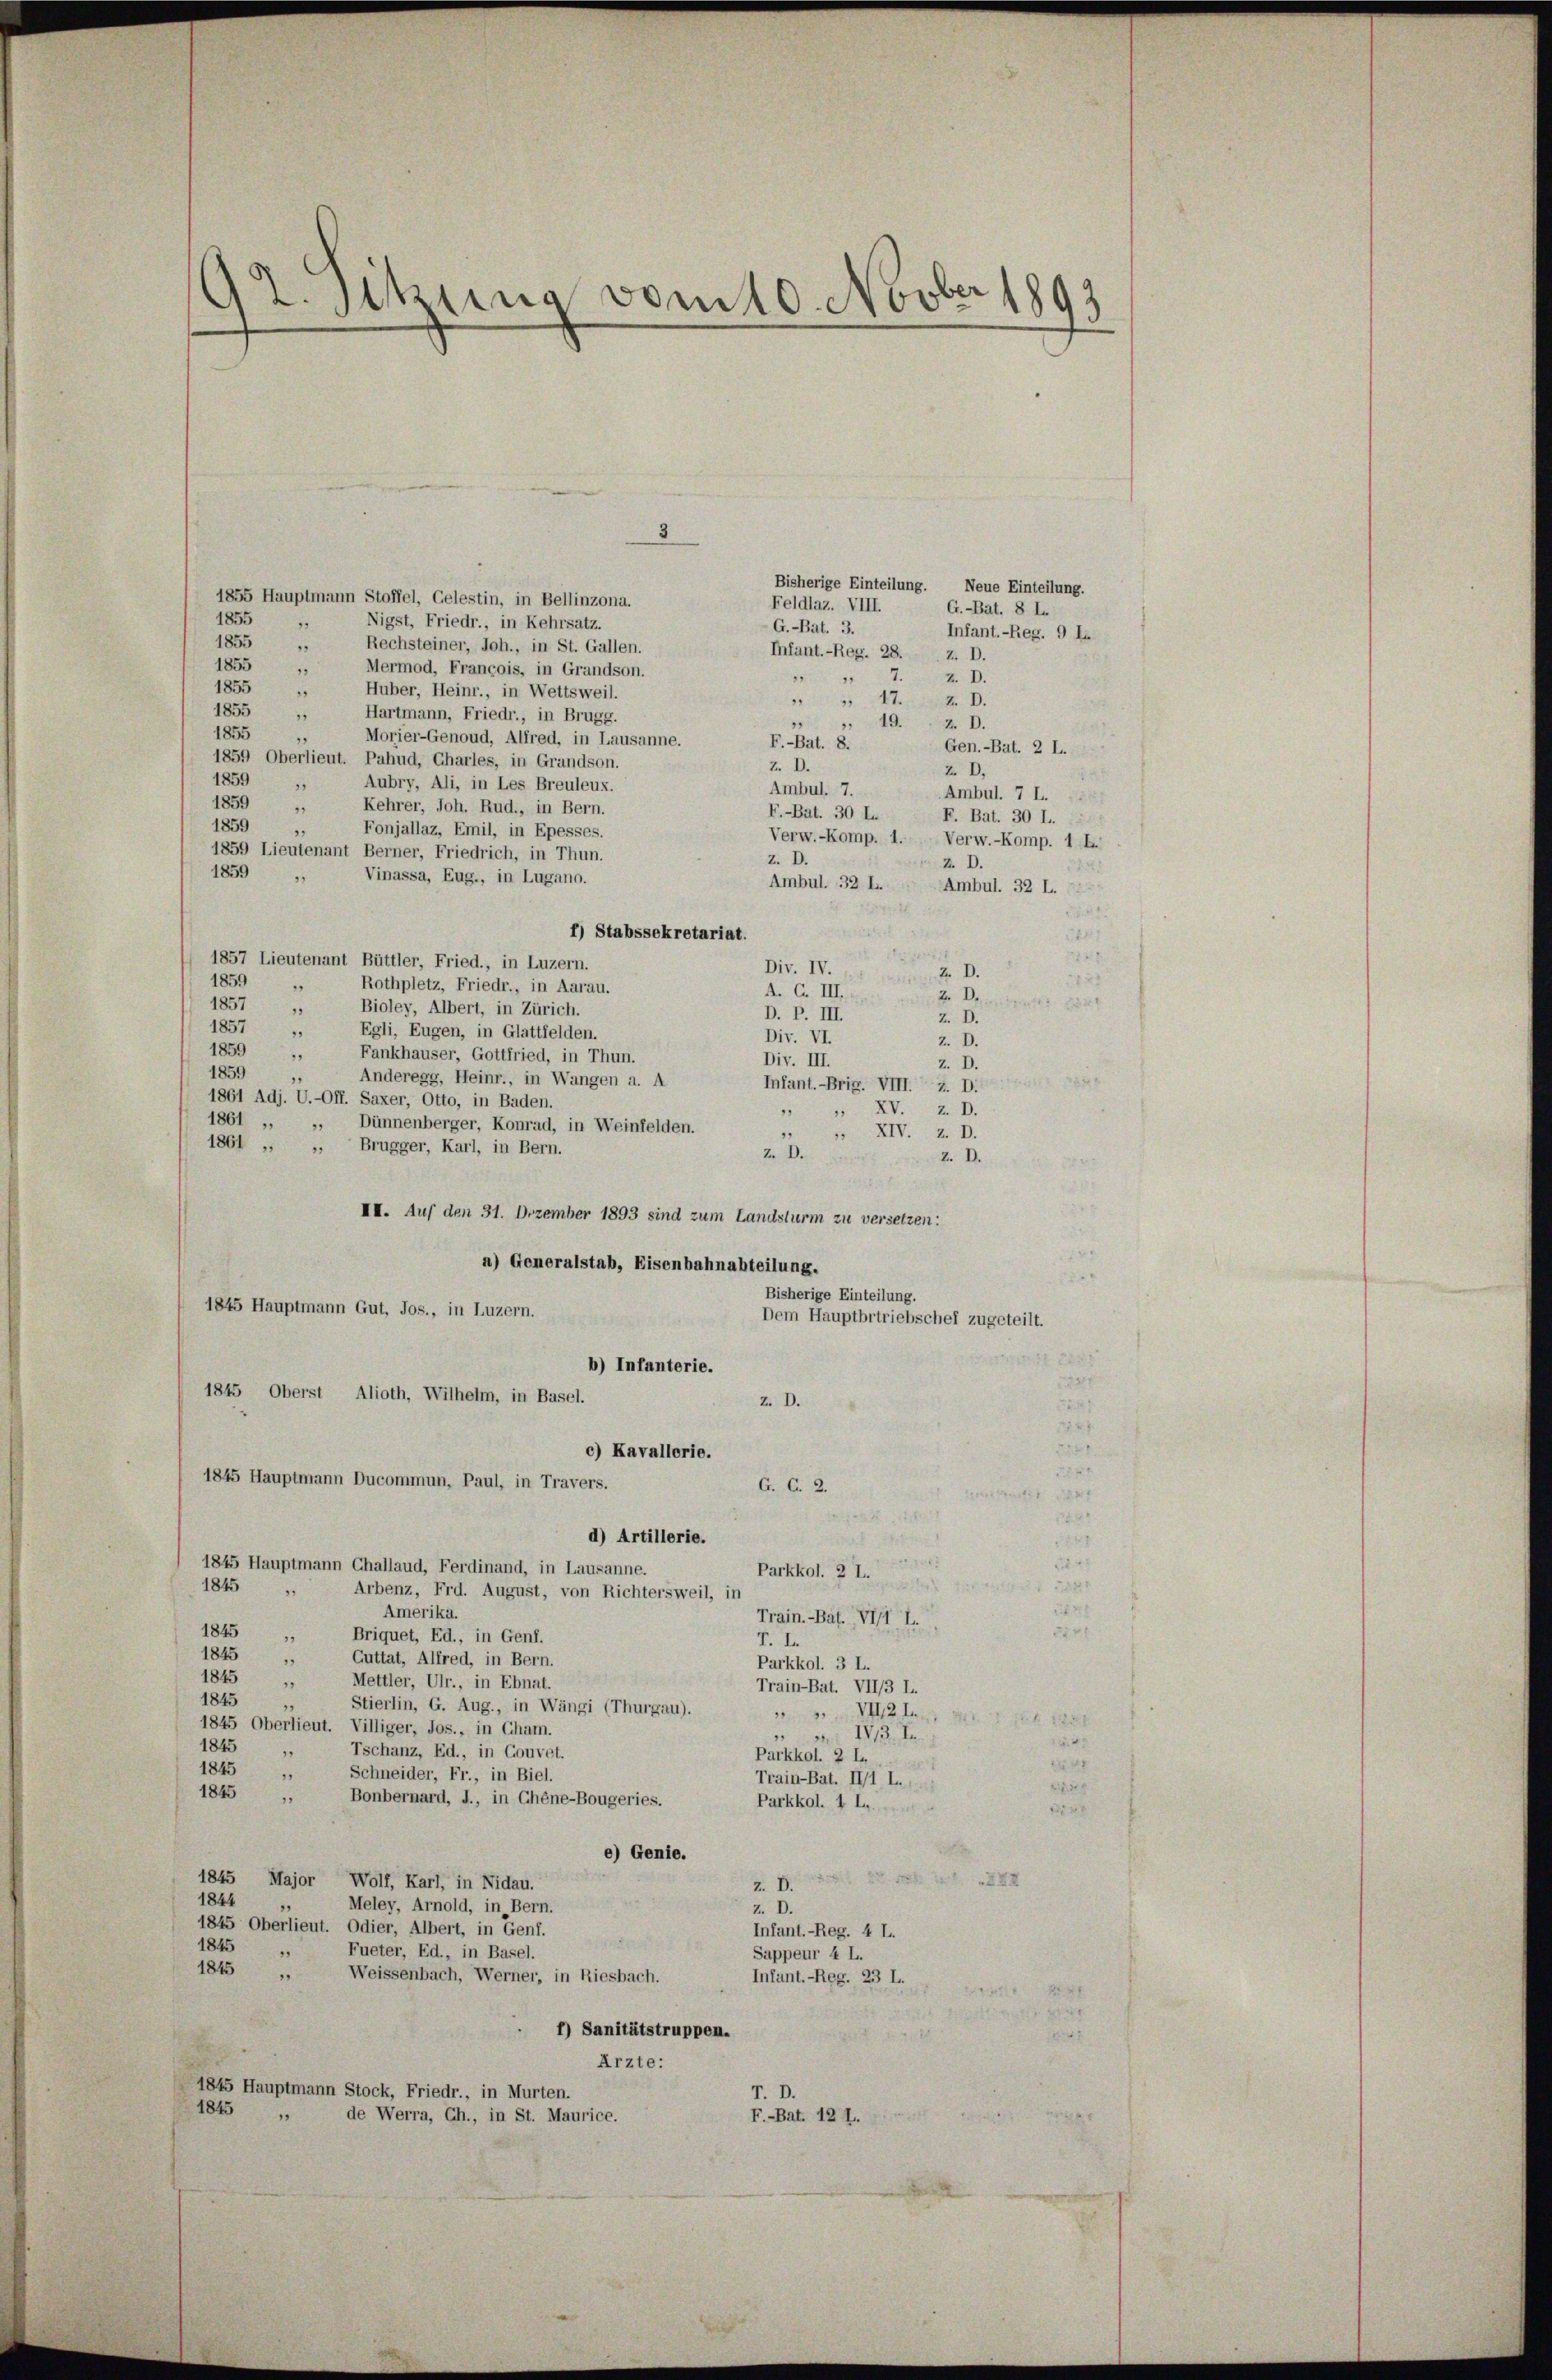
92. Sitzung vom 10. Novber 1893

Bisherige Einteilung. Neue Einteilung.
1855 Hauptmann Stoffel, Gelestin, in Bellinzona.
Feldlaz. VIII.
G.-Bat. 8 L.
1855
Nigst, Friedr., in Kehrsatz.
G.-Bat. 3.
Infant.-Reg. 9 I.
1855
Rechsteiner, Joh., in St. Gallen.
.
Infant.-Reg. 28. z. D.
1855
Mermod, François, in Grandson.
1
 " 7. 4. D.
1855
2
Huber, Heinr., in Wettsweil.
" 17. Z. D.
1855
Hartmann, Friedr., in Brugg.
2
, 19. 2. D.
.
1855
Morier-Genoud, Alfred, in Lausanne.
.
F.-Bat. 8.
Gen.-Bat. 2 L.
1859 Oberlieut. Pahud, Charles, in Grandson.
Z. D.
2 D.
1859
Aubry, Ali, in Les Breuleux.
Ambul. 7.
Ambul. 7 L.
1859
Kehrer, Joh. Rud., in Bern.
1
F.-Bat. 30 L.
F. Bat. 30 l.
1859
Fonjallaz, Emil, in Epesses.
Verw.-Komp. 1. Verw.-Komp. 1 L.
1859 Lieutenant Berner, Friedrich, in Thun.
z. D.
Z. D.
1859
Vinassa, Eug., in Lugano.
Ambul. 32 L.
Ambul. 32 L.
f) Stabssekretariat.
144
22
1857 Lieutenant Büttler, Fried., in Luzern.
Div. IV.
Z. D.
1859
Rothpletz, Friedr., in Aarau.
.
A. G. III.
Z. D.
1857
Bioley, Albert, in Zürich.
.
D. P. III.
Z. D.
1857
Egli, Eugen, in Glattfelden.
1
Div. VI.
z. D.
1859
Fankhauser, Gottfried, in Thun.
Div. III.
z. D.
1859
Anderegg, Heinr., in Wangen a. A
Infant.-Brig. VIII. Z. D.
1861 Adj. U.-Off. Saxer, Otto, in Baden.
„ XV. Z. D.
1861
Dünnenberger, Konrad, in Weinfelden.
21
 XIV. z. B.
.
1861 „ „ Brugger, Karl, in Bern.
z. D.
z. D.
III. Auf den 31. Dezember 1893 sind zum Landsturm zu versetzen:
a) Generalstab, Eisenbahnabteilung.
Bisherige Einteilung.
1845 Hauptmann Gut, Jos., in Luzern.
Dem Hauptbetriebschef zugeteilt.
b) Infanterie.
1845 Oberst Alioth, Wilhelm, in Basel.
z. D.
c) Kavallerie.
1845 Hauptmann Ducommun, Paul, in Travers.
C. C. 2.
d) Artillerie.
1845 Hauptmann Challaud, Ferdinand, in Lausanne
Parkkol. 2 L.
1845 "
Arbenz, Frd. August, von Richtersweil, in

Amerika.
Train.-Bat. VIII, L.
5571.
1845
Briquet, Ed., in Genf.
F. I
1845
Guttat, Alfred, in Bern.
Parkkol. 3 L.
1845
Mettler, Ulr., in Ebnat.
1
Train-Bat. VII/3 L.
1845
Stierlin, G. Aug., in Wängi (Thurgau).
VII2I
1845 Oberlieut. Villiger, Jos., in Cham.
 IV13. I
1845
Tschanz, Ed., in Gouvet.
Parkkol. 2 L.
1845
.
Schneider, Fr., in Biel.
Train-Bat. II/1 L.,
d
1845
Bonbernard, J., in Chéne-Bougeries.
Parkkol. 4 L..
14
e) Genie.
XXX
1845 Major Wolf, Karl, in Nidau.
Z. D.
1844
Meley, Arnold, in Bern.
z. D.
1845 Oberlieut. Odier, Albert, in Genf.
Infant.-Reg. 4 L.
1845
Fueter, Ed., in Basel.
Sappeur 4 L.
1845
Weissenbach, Werner, in Riesbach.
Infant.-Reg. 23 I.
f) Sanitätstruppen.
Ärzte:
1845 Hauptmann Stock, Friedr., in Murten.
1845 „ de Werra, Ch., in St. Maurice.
F.-Bat. 12 J.